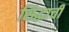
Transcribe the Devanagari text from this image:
सिद्धाची